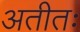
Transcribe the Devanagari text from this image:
अतीतः